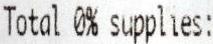
TOTAL 0% SUPPLIES: